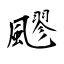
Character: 飂